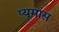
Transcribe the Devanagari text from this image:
प्यूमास